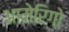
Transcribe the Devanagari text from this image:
आमेरिगो